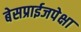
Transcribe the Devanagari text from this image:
बेसप्राईजपेक्षा